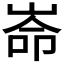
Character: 𮱮